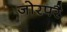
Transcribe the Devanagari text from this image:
जोरपरै